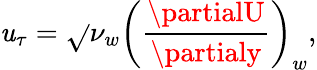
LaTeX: \mathit{u}_{\tau}=\sqrt{}{{\nu_{w}\left(\frac{{\partialU}}{{\partialy}}\right)_{w}}},